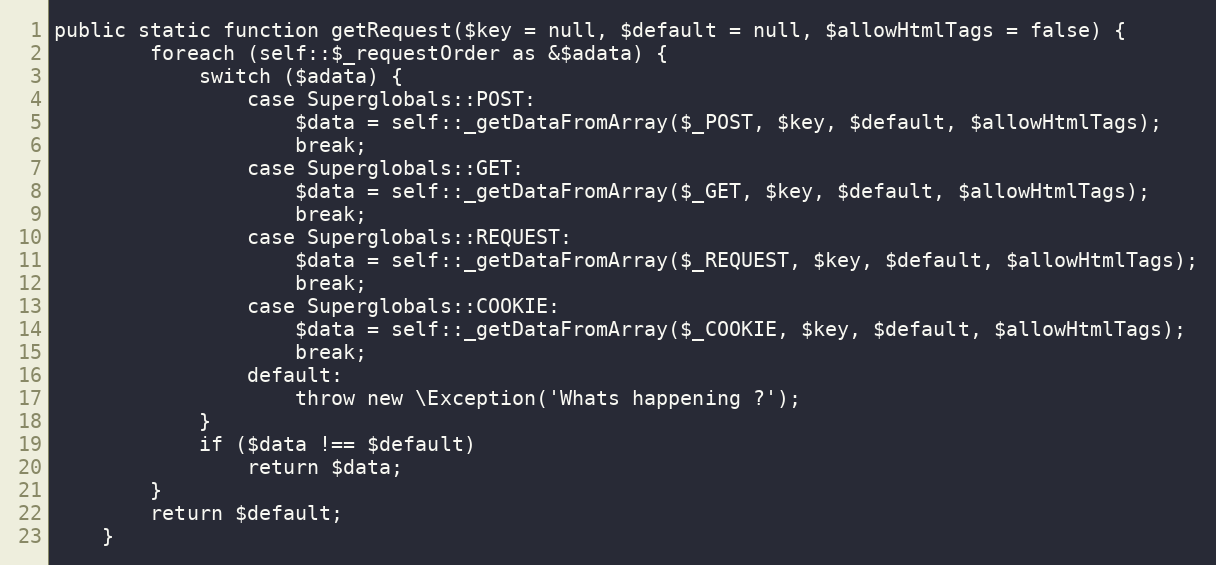
Language: PHP
public static function getRequest($key = null, $default = null, $allowHtmlTags = false) {
        foreach (self::$_requestOrder as &$adata) {
            switch ($adata) {
                case Superglobals::POST:
                    $data = self::_getDataFromArray($_POST, $key, $default, $allowHtmlTags);
                    break;
                case Superglobals::GET:
                    $data = self::_getDataFromArray($_GET, $key, $default, $allowHtmlTags);
                    break;
                case Superglobals::REQUEST:
                    $data = self::_getDataFromArray($_REQUEST, $key, $default, $allowHtmlTags);
                    break;
                case Superglobals::COOKIE:
                    $data = self::_getDataFromArray($_COOKIE, $key, $default, $allowHtmlTags);
                    break;
                default:
                    throw new \Exception('Whats happening ?');
            }
            if ($data !== $default)
                return $data;
        }
        return $default;
    }